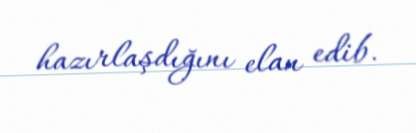
hazırlaşdığını elan edib.